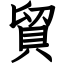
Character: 貿